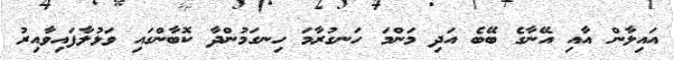
އައިލާން އާއި އޭނާގެ ބޭބެ އަދި މަންމަ ހަނގުރާމަ ހިނގަމުންދާ ކޮބާންގައި ވަޅުލާފައިވާއިރު